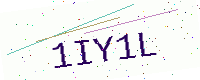
Text: 1IY1L